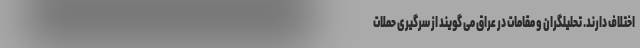
اختلاف دارند. تحلیلگران و مقامات در عراق می گویند از سرگیری حملات